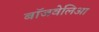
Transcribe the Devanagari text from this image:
बॉजवेलिआ